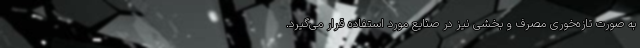
به صورت تازه‌خوری مصرف و بخشی نیز در صنایع مورد استفاده قرار می‌گیرد.